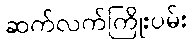
ဆက်လက်ကြိုးပမ်း